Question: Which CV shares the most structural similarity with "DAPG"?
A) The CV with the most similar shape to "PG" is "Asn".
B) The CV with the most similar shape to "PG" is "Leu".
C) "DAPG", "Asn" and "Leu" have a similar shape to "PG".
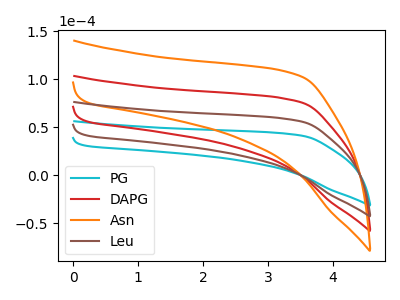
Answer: <think>The cyan curve "PG" has no peaks. The red curve "DAPG" has no peaks. The orange curve "Asn" has no peaks. The brown curve "Leu" has no peaks.
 Neither "PG" or "DAPG" have any peaks. Neither "PG" or "Asn" have any peaks. Neither "PG" or "Leu" have any peaks. Neither "DAPG" or "Asn" have any peaks. Neither "DAPG" or "Leu" have any peaks. Neither "Asn" or "Leu" have any peaks.</think>
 <answer>C) "DAPG", "Asn" and "Leu" have a similar shape to "PG".</answer>
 <eval>C</eval>